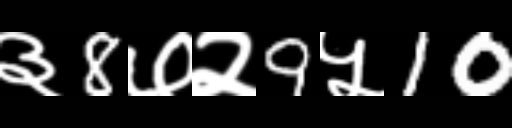
Text: ३8७२9५10